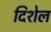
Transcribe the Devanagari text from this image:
दिशेल